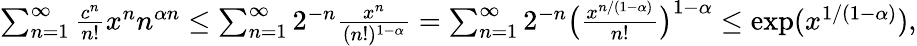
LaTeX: \begin{array}{r}{\sum_{n=1}^{\infty}\frac{c^{n}}{n!}x^{n}n^{\alpha n}\le\sum_{n=1}^{\infty}2^{-n}\frac{x^{n}}{(n!)^{1-\alpha}}=\sum_{n=1}^{\infty}2^{-n}\big(\frac{x^{n/(1-\alpha)}}{n!}\big)^{1-\alpha}\le\exp(x^{1/(1-\alpha)}),}\end{array}